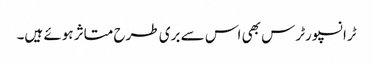
ٹرانسپورٹرس بھی اس سے بری طرح متاثر ہوئے ہیں۔